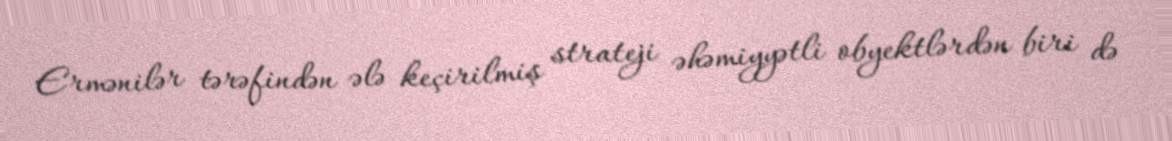
Ermənilər tərəfindən ələ keçirilmiş strateji əhəmiyyətli obyektlərdən biri də